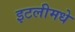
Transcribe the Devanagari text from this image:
इटलीमधे